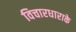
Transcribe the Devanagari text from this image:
विचारधाराके